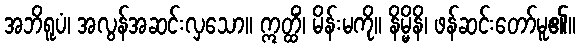
အဘိရူပံ၊ အလွန်အဆင်းလှသော။ ဣတ္ထိံ၊ မိန်းမကို။ နိမ္မိနိ၊ ဖန်ဆင်းတော်မူ၏။